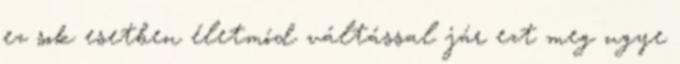
ez sok esetben életmód váltással jár ezt meg ugye